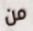
من